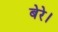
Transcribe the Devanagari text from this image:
बेरे।